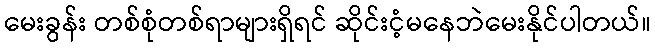
မေးခွန်း တစ်စုံတစ်ရာများရှိရင် ဆိုင်းငံ့မနေဘဲမေးနိုင်ပါတယ်။